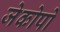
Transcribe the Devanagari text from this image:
जेकोपो